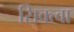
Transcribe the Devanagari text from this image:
सिक्त्वा